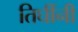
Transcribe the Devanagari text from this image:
तिघींनी